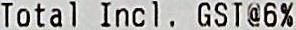
TOTAL INCL. GST@6%